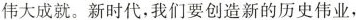
伟大成就。新时代，我们要创造新的历史伟业，